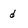
Character: d